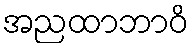
အညထာဘာဝိ